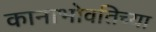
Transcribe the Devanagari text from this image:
कानाभोवतिच्या